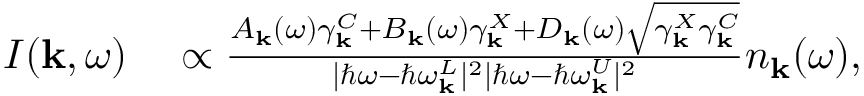
\begin{array} { r l } { I ( { \bf k } , \omega ) } & { { } \propto \frac { A _ { \bf k } ( \omega ) \gamma _ { \bf k } ^ { C } + B _ { \bf k } ( \omega ) \gamma _ { \bf k } ^ { X } + D _ { \bf k } ( \omega ) \sqrt { \gamma _ { \bf k } ^ { X } \gamma _ { \bf k } ^ { C } } } { | \hbar \omega - \hbar \omega _ { \bf k } ^ { L } | ^ { 2 } | \hbar \omega - \hbar \omega _ { \bf k } ^ { U } | ^ { 2 } } n _ { \bf k } ( \omega ) , } \end{array}